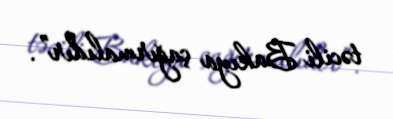
təcili Bakıya çağırmalıdır”.